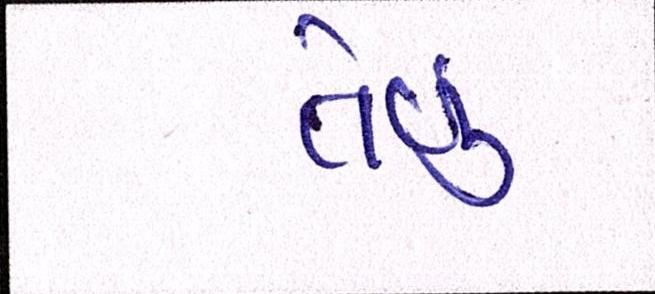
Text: તેવું